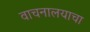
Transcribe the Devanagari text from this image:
वाचनालयाचा